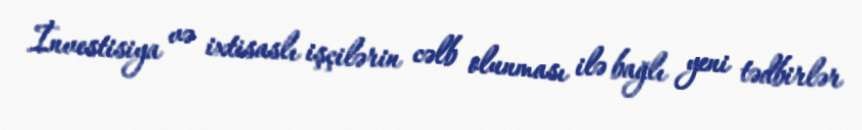
İnvestisiya və ixtisaslı işçilərin cəlb olunması ilə bağlı yeni tədbirlər